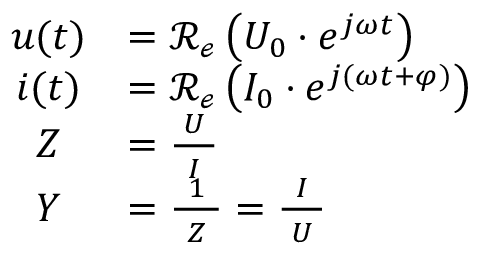
{ \begin{array} { c l } { u ( t ) } & { = \operatorname { \mathcal { R _ { e } } } \left( U _ { 0 } \cdot e ^ { j \omega t } \right) } \\ { i ( t ) } & { = \operatorname { \mathcal { R _ { e } } } \left( I _ { 0 } \cdot e ^ { j ( \omega t + \varphi ) } \right) } \\ { Z } & { = { \frac { U } { \ I \ } } } \\ { Y } & { = { \frac { \ 1 \ } { Z } } = { \frac { \ I \ } { U } } } \end{array} }